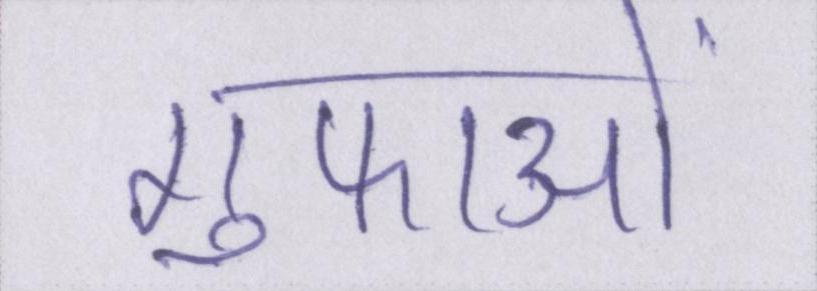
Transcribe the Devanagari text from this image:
गुफाओं